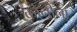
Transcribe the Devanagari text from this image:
कोनीला